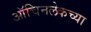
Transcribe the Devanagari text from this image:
ऑचिनलेकच्या